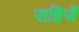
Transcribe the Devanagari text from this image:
पाहिजेँ